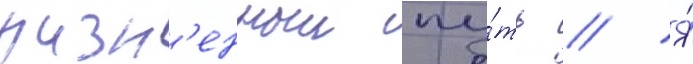
жизн'енныи пу́ть // Я́